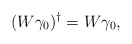
\begin{align*}(W\gamma_0)^\dagger = W\gamma_0,\end{align*}